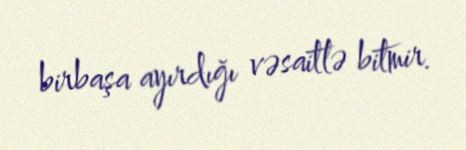
birbaşa ayırdığı vəsaitlə bitmir.